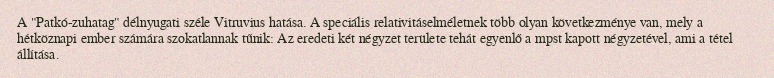
A "Patkó-zuhatag" délnyugati széle Vitruvius hatása. A speciális relativitáselméletnek több olyan következménye van, mely a hétköznapi ember számára szokatlannak tűnik: Az eredeti két négyzet területe tehát egyenlő a mpst kapott négyzetével, ami a tétel állítása.